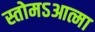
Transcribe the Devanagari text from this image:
स्तोमऽआत्मा